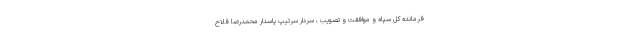
فرمانده کل سپاه و موافقت و تصویب ، سردار سرتیپ پاسدار محمدرضا فلاح